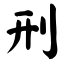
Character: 刑